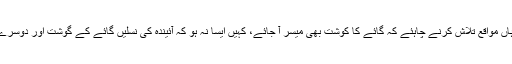
کہ اگر ہم نے اپنا یہ امتیاز قائم نہ رکھا، خاص کر انڈیا جیسے ممالک میں تو یہ نقصان دہ ہے، وہاں مواقع تلاش کرنے چاہئے کہ گائے کا کوشت بھی میسر آ جائے، کہیں ایسا نہ ہو کہ آئیندہ کی نسلیں گائے کے گوشت اور دوسرے جانوروں کے گوشت کھانے کی عادی ہی نہ رہے اور ہندؤں کی طرح سبزی خور ہی بن جائیں!